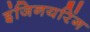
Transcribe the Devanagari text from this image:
इंजिनयरिंग